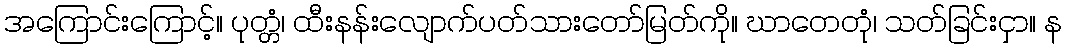
အကြောင်းကြောင့်။ ပုတ္တံ၊ ထီးနန်းလျောက်ပတ်သားတော်မြတ်ကို။ ဃာတေတုံ၊ သတ်ခြင်းငှာ။ န